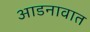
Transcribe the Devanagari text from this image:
आडनावात